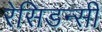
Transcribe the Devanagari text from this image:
रेसिडन्सी